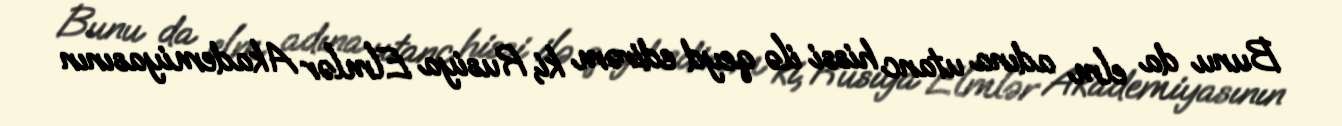
Bunu da elm adına utanc hissi ilə qeyd edirəm ki, Rusiya Elmlər Akademiyasının